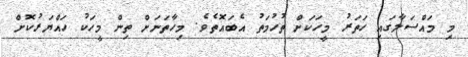
މި މައްސަލާގައި ހަތަރު މީހަކަށް ތުހުމަތު އެބައޮތެވެ. މިހާތަނަށް ތިން މީހަކު ހައްޔަރުކޮށް